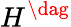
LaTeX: H^{\dag}